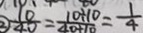
\textcircled { 2 } \frac { 1 0 } { 4 } = \frac { 1 0 \div 1 0 } { 4 0 \div 1 0 } = \frac { 1 } { 4 }